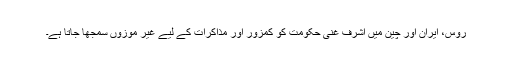
روس، ایران اور چین میں اشرف غنی حکومت کو کمزور اور مذاکرات کے لیے غیر موزوں سمجھا جاتا ہے۔